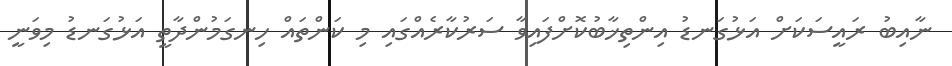
ނާއިބު ރައީސަކަށް އަޅުގަނޑު އިންތިޚާބުކޮށްފައިވާ ސަރުކާރެއްގައި މި ކަންތައް ހިނގަމުންދާތީ އަޅުގަނޑު މިވަނީ